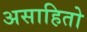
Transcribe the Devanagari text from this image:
असाहितो